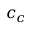
c _ { c }